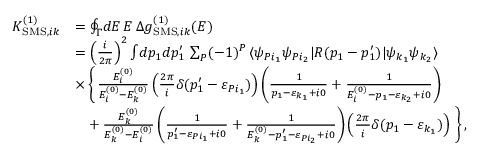
\begin{array} { r l } { K _ { \mathrm { S M S } , i k } ^ { ( 1 ) } } & { = \oint _ { \Gamma } \! d E \, E \, \Delta g _ { \mathrm { S M S } , i k } ^ { ( 1 ) } ( E ) } \\ & { = \left( \frac { i } { 2 \pi } \right) ^ { 2 } \int \! d p _ { 1 } d p _ { 1 } ^ { \prime } \, \sum _ { P } ( - 1 ) ^ { P } \, \langle \psi _ { P i _ { 1 } } \psi _ { P i _ { 2 } } | R ( p _ { 1 } - p _ { 1 } ^ { \prime } ) | \psi _ { k _ { 1 } } \psi _ { k _ { 2 } } \rangle } \\ & { \times \, \Bigg \{ \, \frac { E _ { i } ^ { ( 0 ) } } { E _ { i } ^ { ( 0 ) } - E _ { k } ^ { ( 0 ) } } \left( \frac { 2 \pi } { i } \delta ( p _ { 1 } ^ { \prime } - \varepsilon _ { P i _ { 1 } } ) \right) \left( \frac { 1 } { p _ { 1 } - \varepsilon _ { k _ { 1 } } + i 0 } + \frac { 1 } { E _ { i } ^ { ( 0 ) } - p _ { 1 } - \varepsilon _ { k _ { 2 } } + i 0 } \right) } \\ & { \quad + \, \frac { E _ { k } ^ { ( 0 ) } } { E _ { k } ^ { ( 0 ) } - E _ { i } ^ { ( 0 ) } } \left( \frac { 1 } { p _ { 1 } ^ { \prime } - \varepsilon _ { P i _ { 1 } } + i 0 } + \frac { 1 } { E _ { k } ^ { ( 0 ) } - p _ { 1 } ^ { \prime } - \varepsilon _ { P i _ { 2 } } + i 0 } \right) \left( \frac { 2 \pi } { i } \delta ( p _ { 1 } - \varepsilon _ { k _ { 1 } } ) \right) \, \Bigg \} \, , } \end{array}